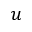
u